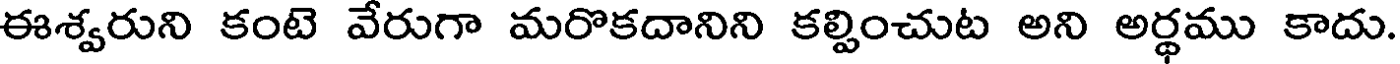
ఈశ్వరుని కంటె వేరుగా మరొకదానిని కల్పించుట అని అర్థము కాదు.